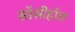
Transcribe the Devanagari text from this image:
सॉसीहॉल